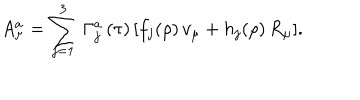
LaTeX: A _ { \mu } ^ { a } = \sum _ { j = 1 } ^ { 3 } \, \Gamma _ { j } ^ { a } \, ( \tau ) \, [ f _ { j } ( \rho ) \, v _ { \mu } + h _ { j } ( \rho ) \, R _ { \mu } ] .